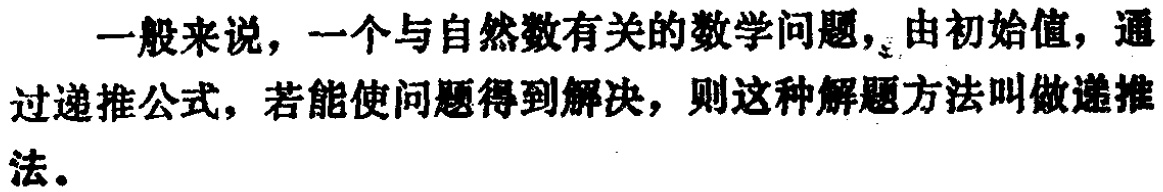
一般来说，一个与自然数有关的数学问题，由初始值，通过递推公式，若能使问题得到解决，则这种解题方法叫做递推法。